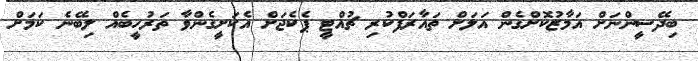
ބިދޭސީންނަށް އަމާޒުކޮށްގެން އަލަށް ތައާރަފްކުރި ޗުއްޓީ ޕެކެޖަށް އެކަށީގެންވާ ތަރުހީބެއް ލިބޭނެ ކަމަށް